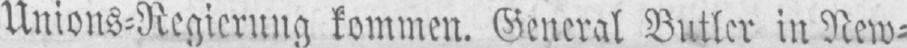
Unions⸗Regierung kommen. General Butler in New⸗